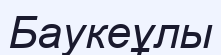
Баукеұлы